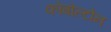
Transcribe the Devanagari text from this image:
कोबोल्टोन